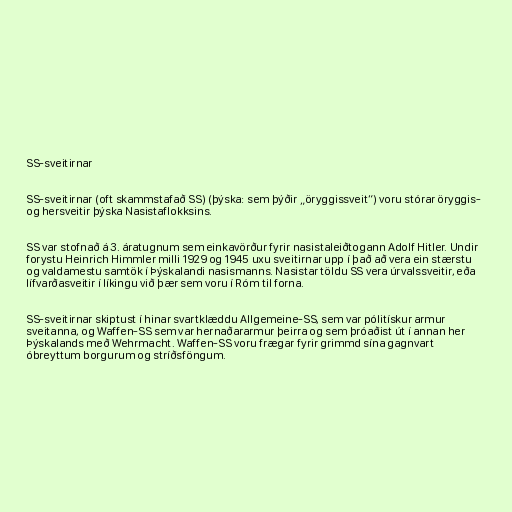
SS-sveitirnar

SS-sveitirnar (oft skammstafað SS) (þýska: sem þýðir „öryggissveit“) voru stórar öryggis-
og hersveitir þýska Nasistaflokksins.

SS var stofnað á 3. áratugnum sem einkavörður fyrir nasistaleiðtogann Adolf Hitler. Undir
forystu Heinrich Himmler milli 1929 og 1945 uxu sveitirnar upp í það að vera ein stærstu
og valdamestu samtök í Þýskalandi nasismanns. Nasistar töldu SS vera úrvalssveitir, eða
lífvarðasveitir í líkingu við þær sem voru í Róm til forna.

SS-sveitirnar skiptust í hinar svartklæddu Allgemeine-SS, sem var pólitískur armur
sveitanna, og Waffen-SS sem var hernaðararmur þeirra og sem þróaðist út í annan her
Þýskalands með Wehrmacht. Waffen-SS voru frægar fyrir grimmd sína gagnvart
óbreyttum borgurum og stríðsföngum.